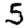
Digit: 5